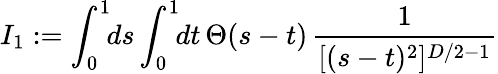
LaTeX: I_{1}:=\int_{0}^{1}\! \! ds\int_{0}^{1}\! \! dt\, \Theta(s-t)\, {\frac{1}{[(s-t)^{2}]^{D/2-1}}}